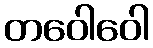
တဝေါဝေါ